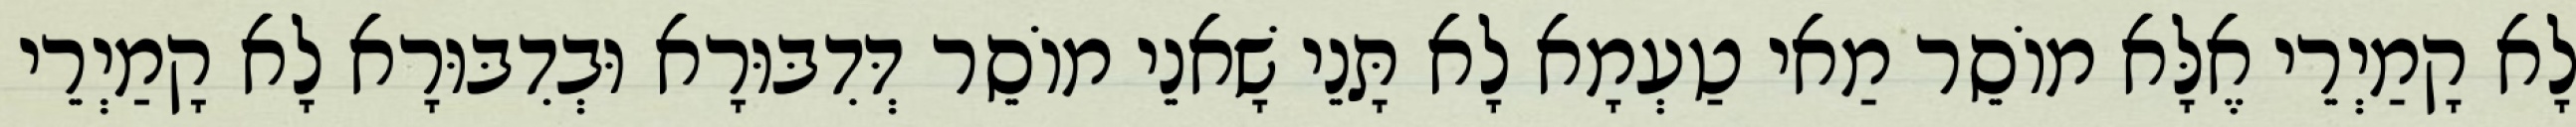
לָא קָמַיְרֵי אֶלָּא מוֹסֵר מַאי טַעְמָא לָא תָּנֵי שָׁאנֵי מוֹסֵר דְּדִבּוּרָא וּבְדִבּוּרָא לָא קָמַיְרֵי